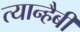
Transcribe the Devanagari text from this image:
त्यान्हैबी